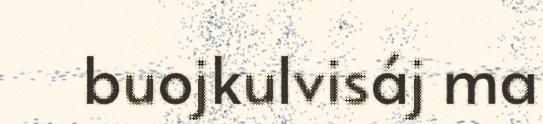
buojkulvisáj ma